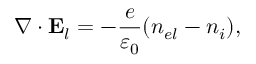
\nabla \cdot { \bf E } _ { l } = - \frac { e } { \varepsilon _ { 0 } } ( n _ { e l } - n _ { i } ) ,